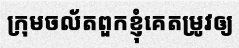
ក្រុមចល័តពួកខ្ញុំគេតម្រូវឲ្យ